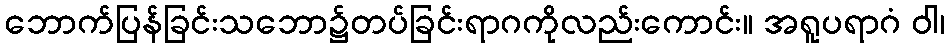
ဘောက်ပြန်ခြင်းသဘော၌တပ်ခြင်းရာဂကိုလည်းကောင်း။ အရူပရာဂံ ဝါ၊